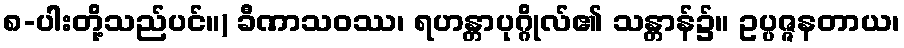
၈-ပါးတို့သည်ပင်။) ခီဏာသဝဿ၊ ရဟန္တာပုဂ္ဂိုလ်၏ သန္တာန်၌။ ဥပ္ပဇ္ဇနတာယ၊